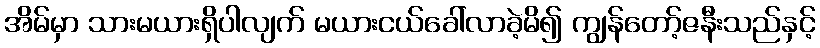
အိမ်မှာ သားမယားရှိပါလျက် မယားငယ်ခေါ်လာခဲ့မိ၍ ကျွန်တော့်ဇနီးသည်နှင့်